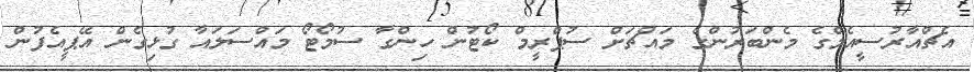
އެޗްއާރުސީއެމްގެ މެންބަރުންގެ މައްޗަށް ސުޕްރީމް ކޯޓުން ހިންގާ ސުމޯޓޯ މައްސަލައާ ގުޅިގެން އޭޕީއެފުން